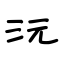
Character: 沅